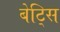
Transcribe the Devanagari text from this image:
बेट्सि